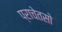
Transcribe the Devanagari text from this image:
प्राचेतसो